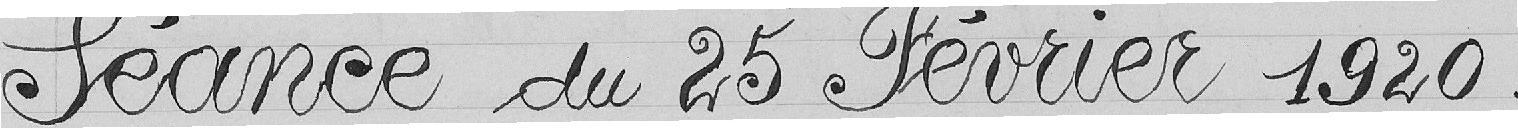
Séance du 25 février 1920